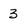
Character: 3